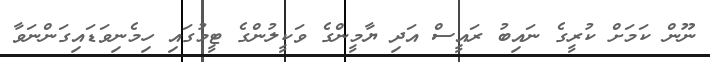
ނޫން ކަމަށް ކުރީގެ ނައިބު ރައީސް އަދި ޔާމީންގެ ވަކީލުންގެ ޓީމުގައި ހިމެނިވަޑައިގަންނަވާ